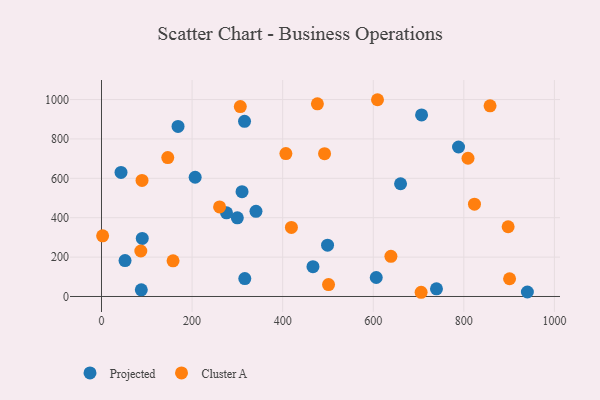
{"axis": {"x": "Experience", "y": "Rating"}, "legend": ["Cluster A", "Projected"], "data": [{"x": "90.0", "y": 294.6, "type": "Projected"}, {"x": "299.9", "y": 399.2, "type": "Projected"}, {"x": "316.4", "y": 90.8, "type": "Projected"}, {"x": "606.6", "y": 96.5, "type": "Projected"}, {"x": "43.1", "y": 630.2, "type": "Projected"}, {"x": "341.1", "y": 432.5, "type": "Projected"}, {"x": "739.6", "y": 39.0, "type": "Projected"}, {"x": "169.0", "y": 863.5, "type": "Projected"}, {"x": "276.0", "y": 424.8, "type": "Projected"}, {"x": "206.8", "y": 605.5, "type": "Projected"}, {"x": "499.1", "y": 260.5, "type": "Projected"}, {"x": "87.9", "y": 34.0, "type": "Projected"}, {"x": "310.3", "y": 532.1, "type": "Projected"}, {"x": "52.0", "y": 182.5, "type": "Projected"}, {"x": "660.3", "y": 572.4, "type": "Projected"}, {"x": "315.8", "y": 889.3, "type": "Projected"}, {"x": "466.9", "y": 151.3, "type": "Projected"}, {"x": "706.7", "y": 922.0, "type": "Projected"}, {"x": "940.3", "y": 22.7, "type": "Projected"}, {"x": "788.3", "y": 759.0, "type": "Projected"}, {"x": "260.7", "y": 455.0, "type": "Cluster A"}, {"x": "492.5", "y": 725.0, "type": "Cluster A"}, {"x": "705.7", "y": 21.4, "type": "Cluster A"}, {"x": "86.8", "y": 231.1, "type": "Cluster A"}, {"x": "609.4", "y": 999.1, "type": "Cluster A"}, {"x": "897.8", "y": 354.0, "type": "Cluster A"}, {"x": "857.9", "y": 968.3, "type": "Cluster A"}, {"x": "823.5", "y": 468.9, "type": "Cluster A"}, {"x": "158.0", "y": 181.2, "type": "Cluster A"}, {"x": "476.7", "y": 978.5, "type": "Cluster A"}, {"x": "419.3", "y": 350.9, "type": "Cluster A"}, {"x": "306.5", "y": 964.3, "type": "Cluster A"}, {"x": "2.5", "y": 307.8, "type": "Cluster A"}, {"x": "146.3", "y": 705.6, "type": "Cluster A"}, {"x": "501.3", "y": 60.3, "type": "Cluster A"}, {"x": "407.1", "y": 725.8, "type": "Cluster A"}, {"x": "901.0", "y": 90.0, "type": "Cluster A"}, {"x": "89.5", "y": 589.5, "type": "Cluster A"}, {"x": "639.0", "y": 203.7, "type": "Cluster A"}, {"x": "809.2", "y": 702.0, "type": "Cluster A"}]}